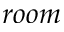
r o o m